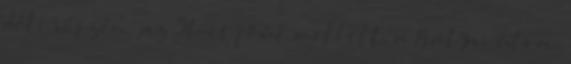
déli részén, az 51-es főút mellett, a Bátyai úton,